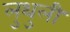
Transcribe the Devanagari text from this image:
लुथुली